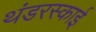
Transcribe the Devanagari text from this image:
थंडरस्काई